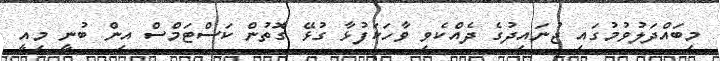
މިބައްދަލުވުމުގައި ޖުނައިދުގެ ދެއްކެވި ވާހަކަފުޅާ ގުޅޭ ގޮތުން ކަސްޓަމްސް އިން ބުނީ މިއީ